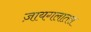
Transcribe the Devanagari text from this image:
ज़ायगलातस